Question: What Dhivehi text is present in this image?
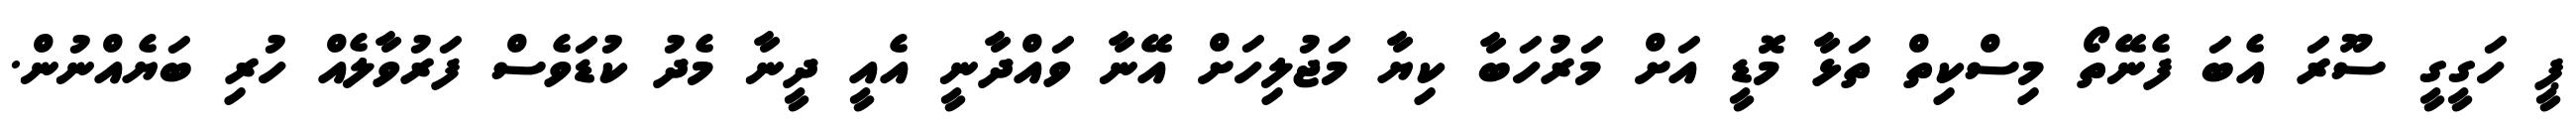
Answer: ޕީ ހަގީގީ ސޫރަ އެބަ ފެނޭތޯ މިސްކިތް ތަޅާ މޮޑީ އަށް މަރުހަބާ ކިޔާ މަޖުލިހަށް އޭނާ ވައްދާނީ އެއީ ދީނާ މެދު ކުޑަވެސް ފަރުވާލެއް ހުރި ބަޔެއްނުން.